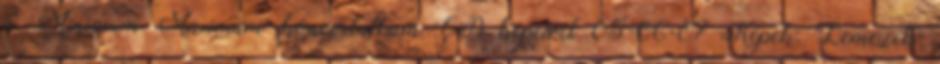
a 'Minimum Maximum' koncertalbum CD képeivel 05-06-07 Képek: 'Lemezek'